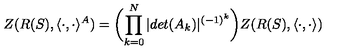
Z ( R ( S ) , \langle \cdot , \cdot \rangle ^ { A } ) = \biggl ( \prod _ { k = 0 } ^ { N } | d e t ( A _ { k } ) | ^ { ( - 1 ) ^ { k } } \biggr ) Z ( R ( S ) , \langle \cdot , \cdot \rangle )